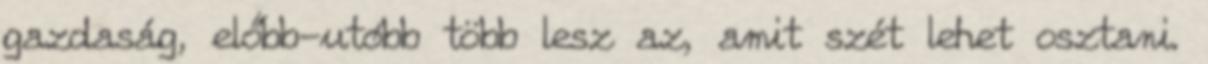
gazdaság, előbb-utóbb több lesz az, amit szét lehet osztani.